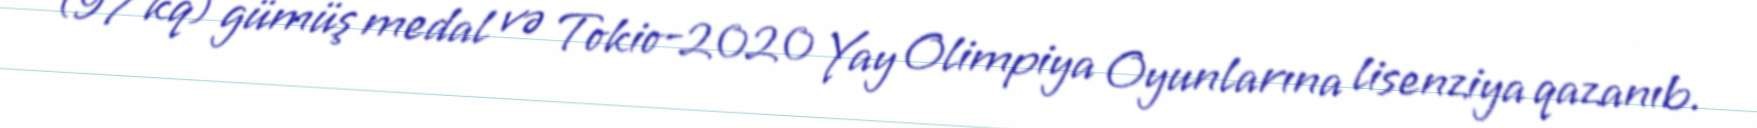
(97 kq) gümüş medal və Tokio-2020 Yay Olimpiya Oyunlarına lisenziya qazanıb.